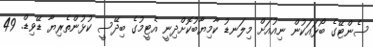
ސެންޓޭގެ ބޯޅައަކުން ނިއުއަށް މިލަނޑު ކާމިޔާބުކޮށްދިނީ އެޓީމުގެ ބިދޭސީ ކުޅުންތެރިޔާ ޑޭވިޑް. 49